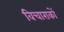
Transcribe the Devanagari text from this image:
विचाराकों